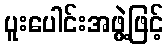
ပူးပေါင်းအဖွဲ့ဖြင့်